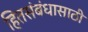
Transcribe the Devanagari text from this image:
हितसंबंधासाठी